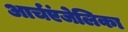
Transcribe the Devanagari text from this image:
आर्चएंजेलिका